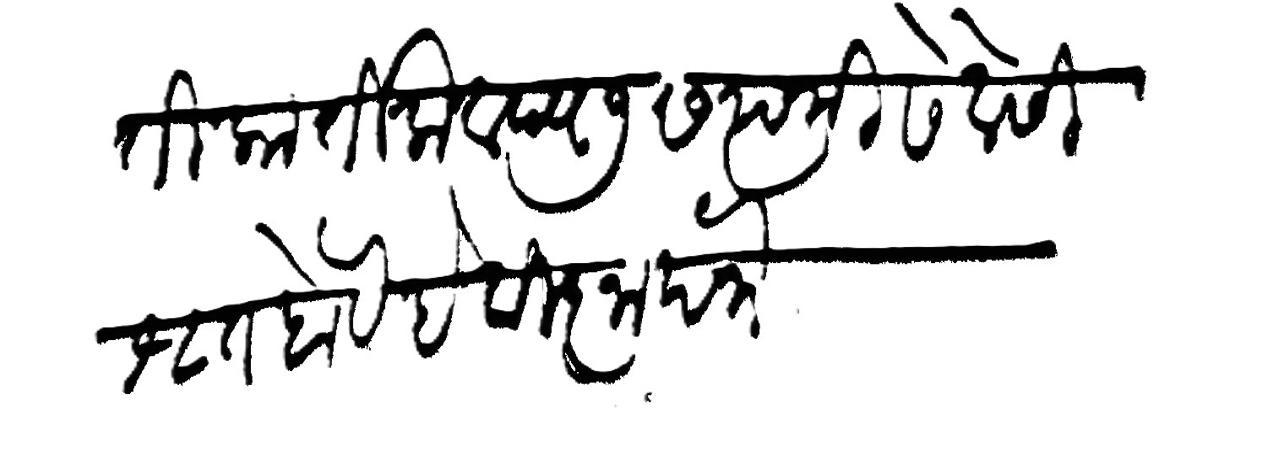
Transliteration (Devanagari): मिति कार्तिक वद्य ७ सप्तमी सेवेसी श्रुत होये हे विज्ञापना